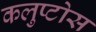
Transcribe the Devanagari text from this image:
कलुप्टोस